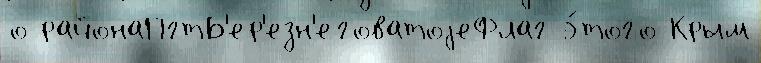
о районаПгтБ'ер'езн'еговатоjеФлаг э́того Крым